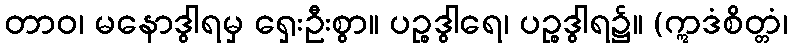
တာဝ၊ မနောဒွါရမှ ရှေးဦးစွာ။ ပဉ္စဒွါရေ၊ ပဉ္စဒွါရ၌။ (ဣဒံစိတ္တံ၊